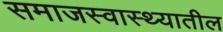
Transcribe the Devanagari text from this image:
समाजस्वास्थ्यातील